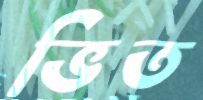
ভিত